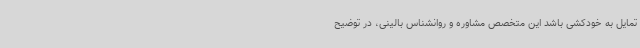
تمایل به خودکشی باشد این متخصص مشاوره و روانشناس بالینی، در توضیح